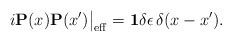
\begin{align*}i{\bf P}(x){\bf P}(x')\big|_{\rm eff}={\bf 1}\delta\epsilon\,\delta(x-x').\end{align*}